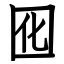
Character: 囮